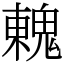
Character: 䰤